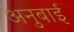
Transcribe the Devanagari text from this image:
अनुबाई